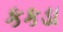
કકડા